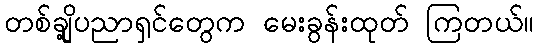
တစ်ချို့ပညာရှင်တွေက မေးခွန်းထုတ် ကြတယ်။